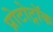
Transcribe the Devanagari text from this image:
प्रोटोट्रॉक